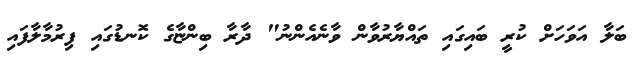
ބަލާ އަވަހަށް ކުރީ ބައިގައި ތައްޔާރުވާން ވާނެއެންނު" ދާރާ ބިންޏާގެ ކޮނޑުގައި ފިރުމާލާފައި